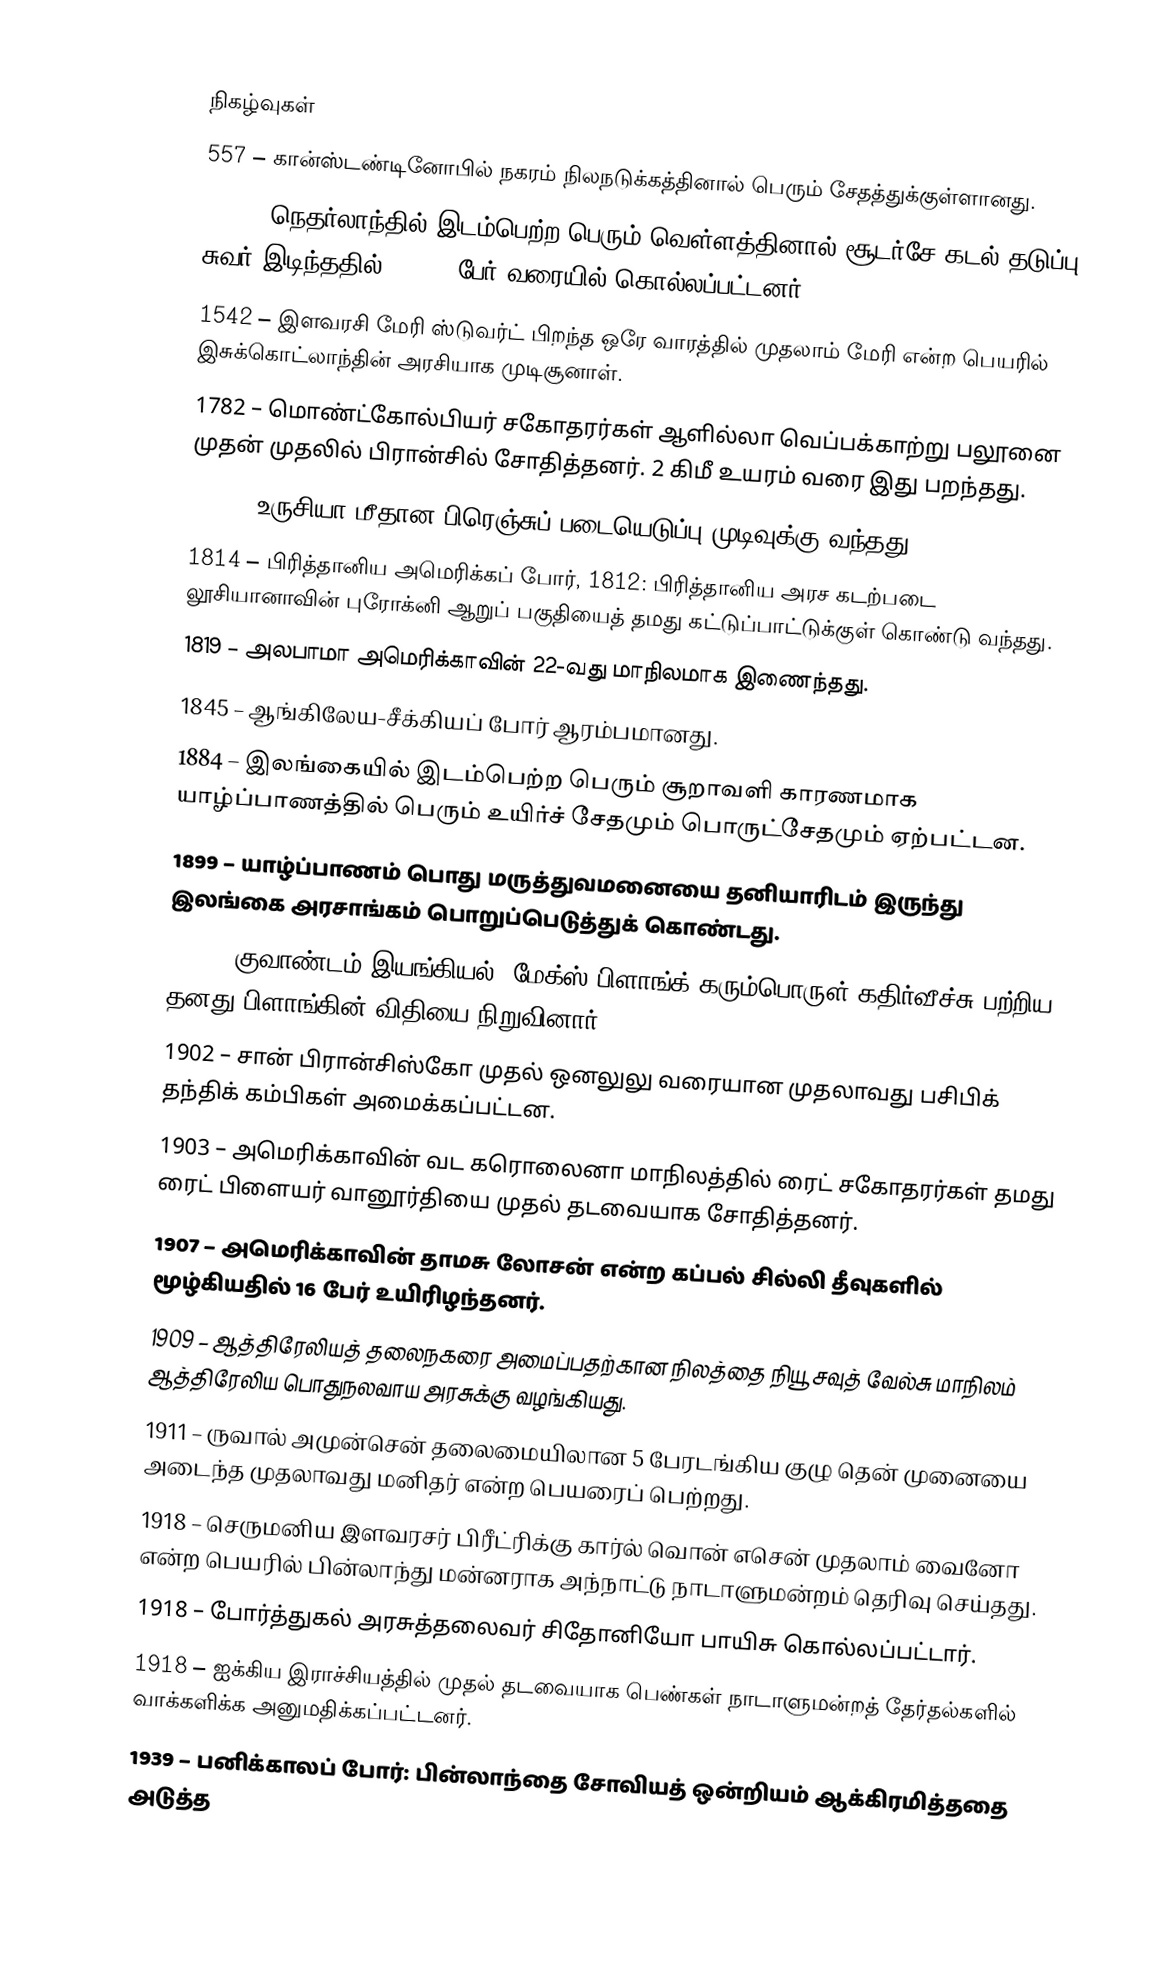

நிகழ்வுகள்
 557 – கான்ஸ்டண்டினோபில் நகரம் நிலநடுக்கத்தினால் பெரும் சேதத்துக்குள்ளானது.
1287 – நெதர்லாந்தில் இடம்பெற்ற பெரும் வெள்ளத்தினால் சூடர்சே கடல் தடுப்பு சுவர் இடிந்ததில் 50,000 பேர் வரையில் கொல்லப்பட்டனர்.
1542 – இளவரசி மேரி ஸ்டுவர்ட் பிறந்த ஒரே வாரத்தில் முதலாம் மேரி என்ற பெயரில் இசுக்கொட்லாந்தின் அரசியாக முடிசூனாள்.
1782 – மொண்ட்கோல்பியர் சகோதரர்கள் ஆளில்லா வெப்பக்காற்று பலூனை முதன் முதலில் பிரான்சில் சோதித்தனர். 2 கிமீ உயரம் வரை இது பறந்தது.
1812 – உருசியா மீதான பிரெஞ்சுப் படையெடுப்பு முடிவுக்கு வந்தது.
1814 – பிரித்தானிய அமெரிக்கப் போர், 1812: பிரித்தானிய அரச கடற்படை லூசியானாவின் புரோக்னி ஆறுப் பகுதியைத் தமது கட்டுப்பாட்டுக்குள் கொண்டு வந்தது.
1819 – அலபாமா அமெரிக்காவின் 22-வது மாநிலமாக இணைந்தது.
1845 – ஆங்கிலேய-சீக்கியப் போர் ஆரம்பமானது.
1884 – இலங்கையில் இடம்பெற்ற பெரும் சூறாவளி காரணமாக யாழ்ப்பாணத்தில் பெரும் உயிர்ச் சேதமும் பொருட்சேதமும் ஏற்பட்டன.
1899 – யாழ்ப்பாணம் பொது மருத்துவமனையை தனியாரிடம் இருந்து இலங்கை அரசாங்கம் பொறுப்பெடுத்துக் கொண்டது.
1900 – குவாண்டம் இயங்கியல்: மேக்ஸ் பிளாங்க் கரும்பொருள் கதிர்வீச்சு பற்றிய தனது பிளாங்கின் விதியை நிறுவினார்.
1902 – சான் பிரான்சிஸ்கோ முதல் ஒனலுலு வரையான முதலாவது பசிபிக் தந்திக் கம்பிகள் அமைக்கப்பட்டன.
1903 – அமெரிக்காவின் வட கரொலைனா மாநிலத்தில் ரைட் சகோதரர்கள் தமது ரைட் பிளையர் வானூர்தியை முதல் தடவையாக சோதித்தனர்.
1907 – அமெரிக்காவின் தாமசு லோசன் என்ற கப்பல் சில்லி தீவுகளில் மூழ்கியதில் 16 பேர் உயிரிழந்தனர்.
1909 – ஆத்திரேலியத் தலைநகரை அமைப்பதற்கான நிலத்தை நியூ சவுத் வேல்சு மாநிலம் ஆத்திரேலிய பொதுநலவாய அரசுக்கு வழங்கியது.
1911 – ருவால் அமுன்சென் தலைமையிலான 5 பேரடங்கிய குழு தென் முனையை அடைந்த முதலாவது மனிதர் என்ற பெயரைப் பெற்றது.
1918 – செருமனிய இளவரசர் பிரீட்ரிக்கு கார்ல் வொன் எசென் முதலாம் வைனோ என்ற பெயரில் பின்லாந்து மன்னராக அந்நாட்டு நாடாளுமன்றம் தெரிவு செய்தது.
1918 – போர்த்துகல் அரசுத்தலைவர் சிதோனியோ பாயிசு கொல்லப்பட்டார்.
1918 – ஐக்கிய இராச்சியத்தில் முதல் தடவையாக பெண்கள் நாடாளுமன்றத் தேர்தல்களில் வாக்களிக்க அனுமதிக்கப்பட்டனர்.
1939 – பனிக்காலப் போர்: பின்லாந்தை சோவியத் ஒன்றியம் ஆக்கிரமித்ததை அடுத்த